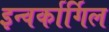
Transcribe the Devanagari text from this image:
इन्वर्कार्गिल